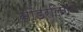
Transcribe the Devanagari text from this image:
सॉडरलिंगने